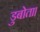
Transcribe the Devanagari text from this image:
डुबोता।